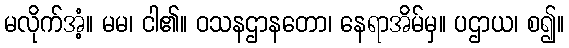
မလိုက်အံ့။ မမ၊ ငါ၏။ ဝသနဌာနတော၊ နေရာအိမ်မှ။ ပဌာယ၊ စ၍။